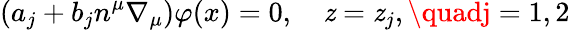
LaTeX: \left(a_{j}+b_{j}n^{\mu}\nabla_{\mu}\right)\varphi(x)=0,\quad\mathit{z}=\mathit{z}_{j},\quadj=1,2